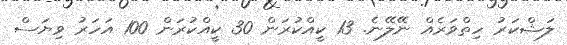
ލަޝްކަރު ހިތްވަރެއް ނޭލޭނެ. 13 ކީއްކުރަން 30 ކީއްކުރަން 100 އަހަރު ވިޔަސް